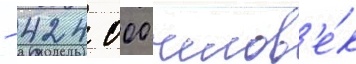
- 424 000 челов'е́к